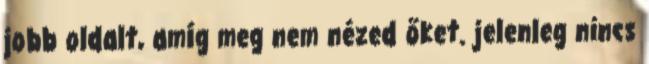
jobb oldalt, amíg meg nem nézed őket. jelenleg nincs